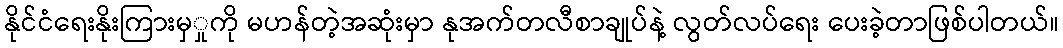
နိုင်ငံရေးနိုးကြားမှှုကို မဟန်တဲ့အဆုံးမှာ နုအက်တလီစာချုပ်နဲ့ လွတ်လပ်ရေး ပေးခဲ့တာဖြစ်ပါတယ်။